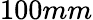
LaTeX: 100mm